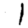
Digit: 1